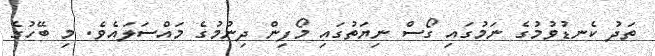
ތަދު ކެނޑުވުމުގެ ނަމުގައި ގޯސް ނިޔަތުގައި މޯފިން ދިނުމުގެ މައްސަލައެވެ. މި ބޭހުގެ